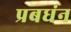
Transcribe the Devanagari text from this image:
प्रबधंन